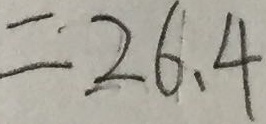
= 2 6 . 4